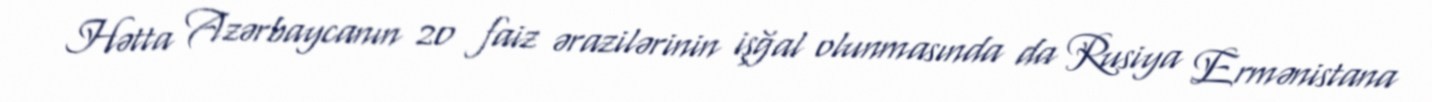
Hətta Azərbaycanın 20 faiz ərazilərinin işğal olunmasında da Rusiya Ermənistana